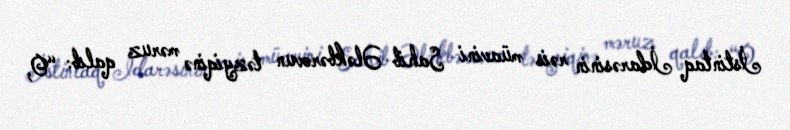
İstintaq İdarəsinin rəis müavini Sahib Ələkbərovun təzyiqinə məruz qalıb: “O,